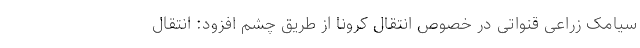
سیامک زراعی قنواتی در خصوص انتقال کرونا از طریق چشم افزود: انتقال